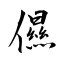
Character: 儑